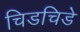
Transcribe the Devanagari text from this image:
चिडचिडे